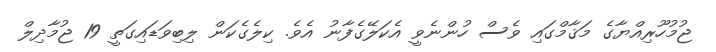
ޖުމުހޫރިއްޔާގެ މަޤާމްގައި ވެސް ހުންނެވީ އެކަލޭގެފާނު އެވެ. ކިލެގެކަން ލިބިވަޑައިގަތީ 19 ޖުމާދިލް